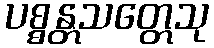
ပစ္စန္တသတ္တေသု